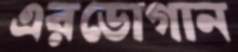
এরডোগান